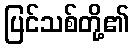
ပြင်သစ်တို့၏